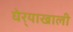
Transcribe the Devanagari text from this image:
घेर्‍याखाली